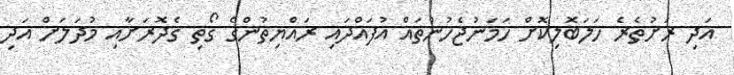
އަދި ރަށުތެރެ ހަލަބޮލިކޮށް ހަމަނުޖެހުންތައް އުފައްދައި ރައްޔިތުންގެ ގޯތި ގެދޮރަށާއި މުދަލަށް އަދި